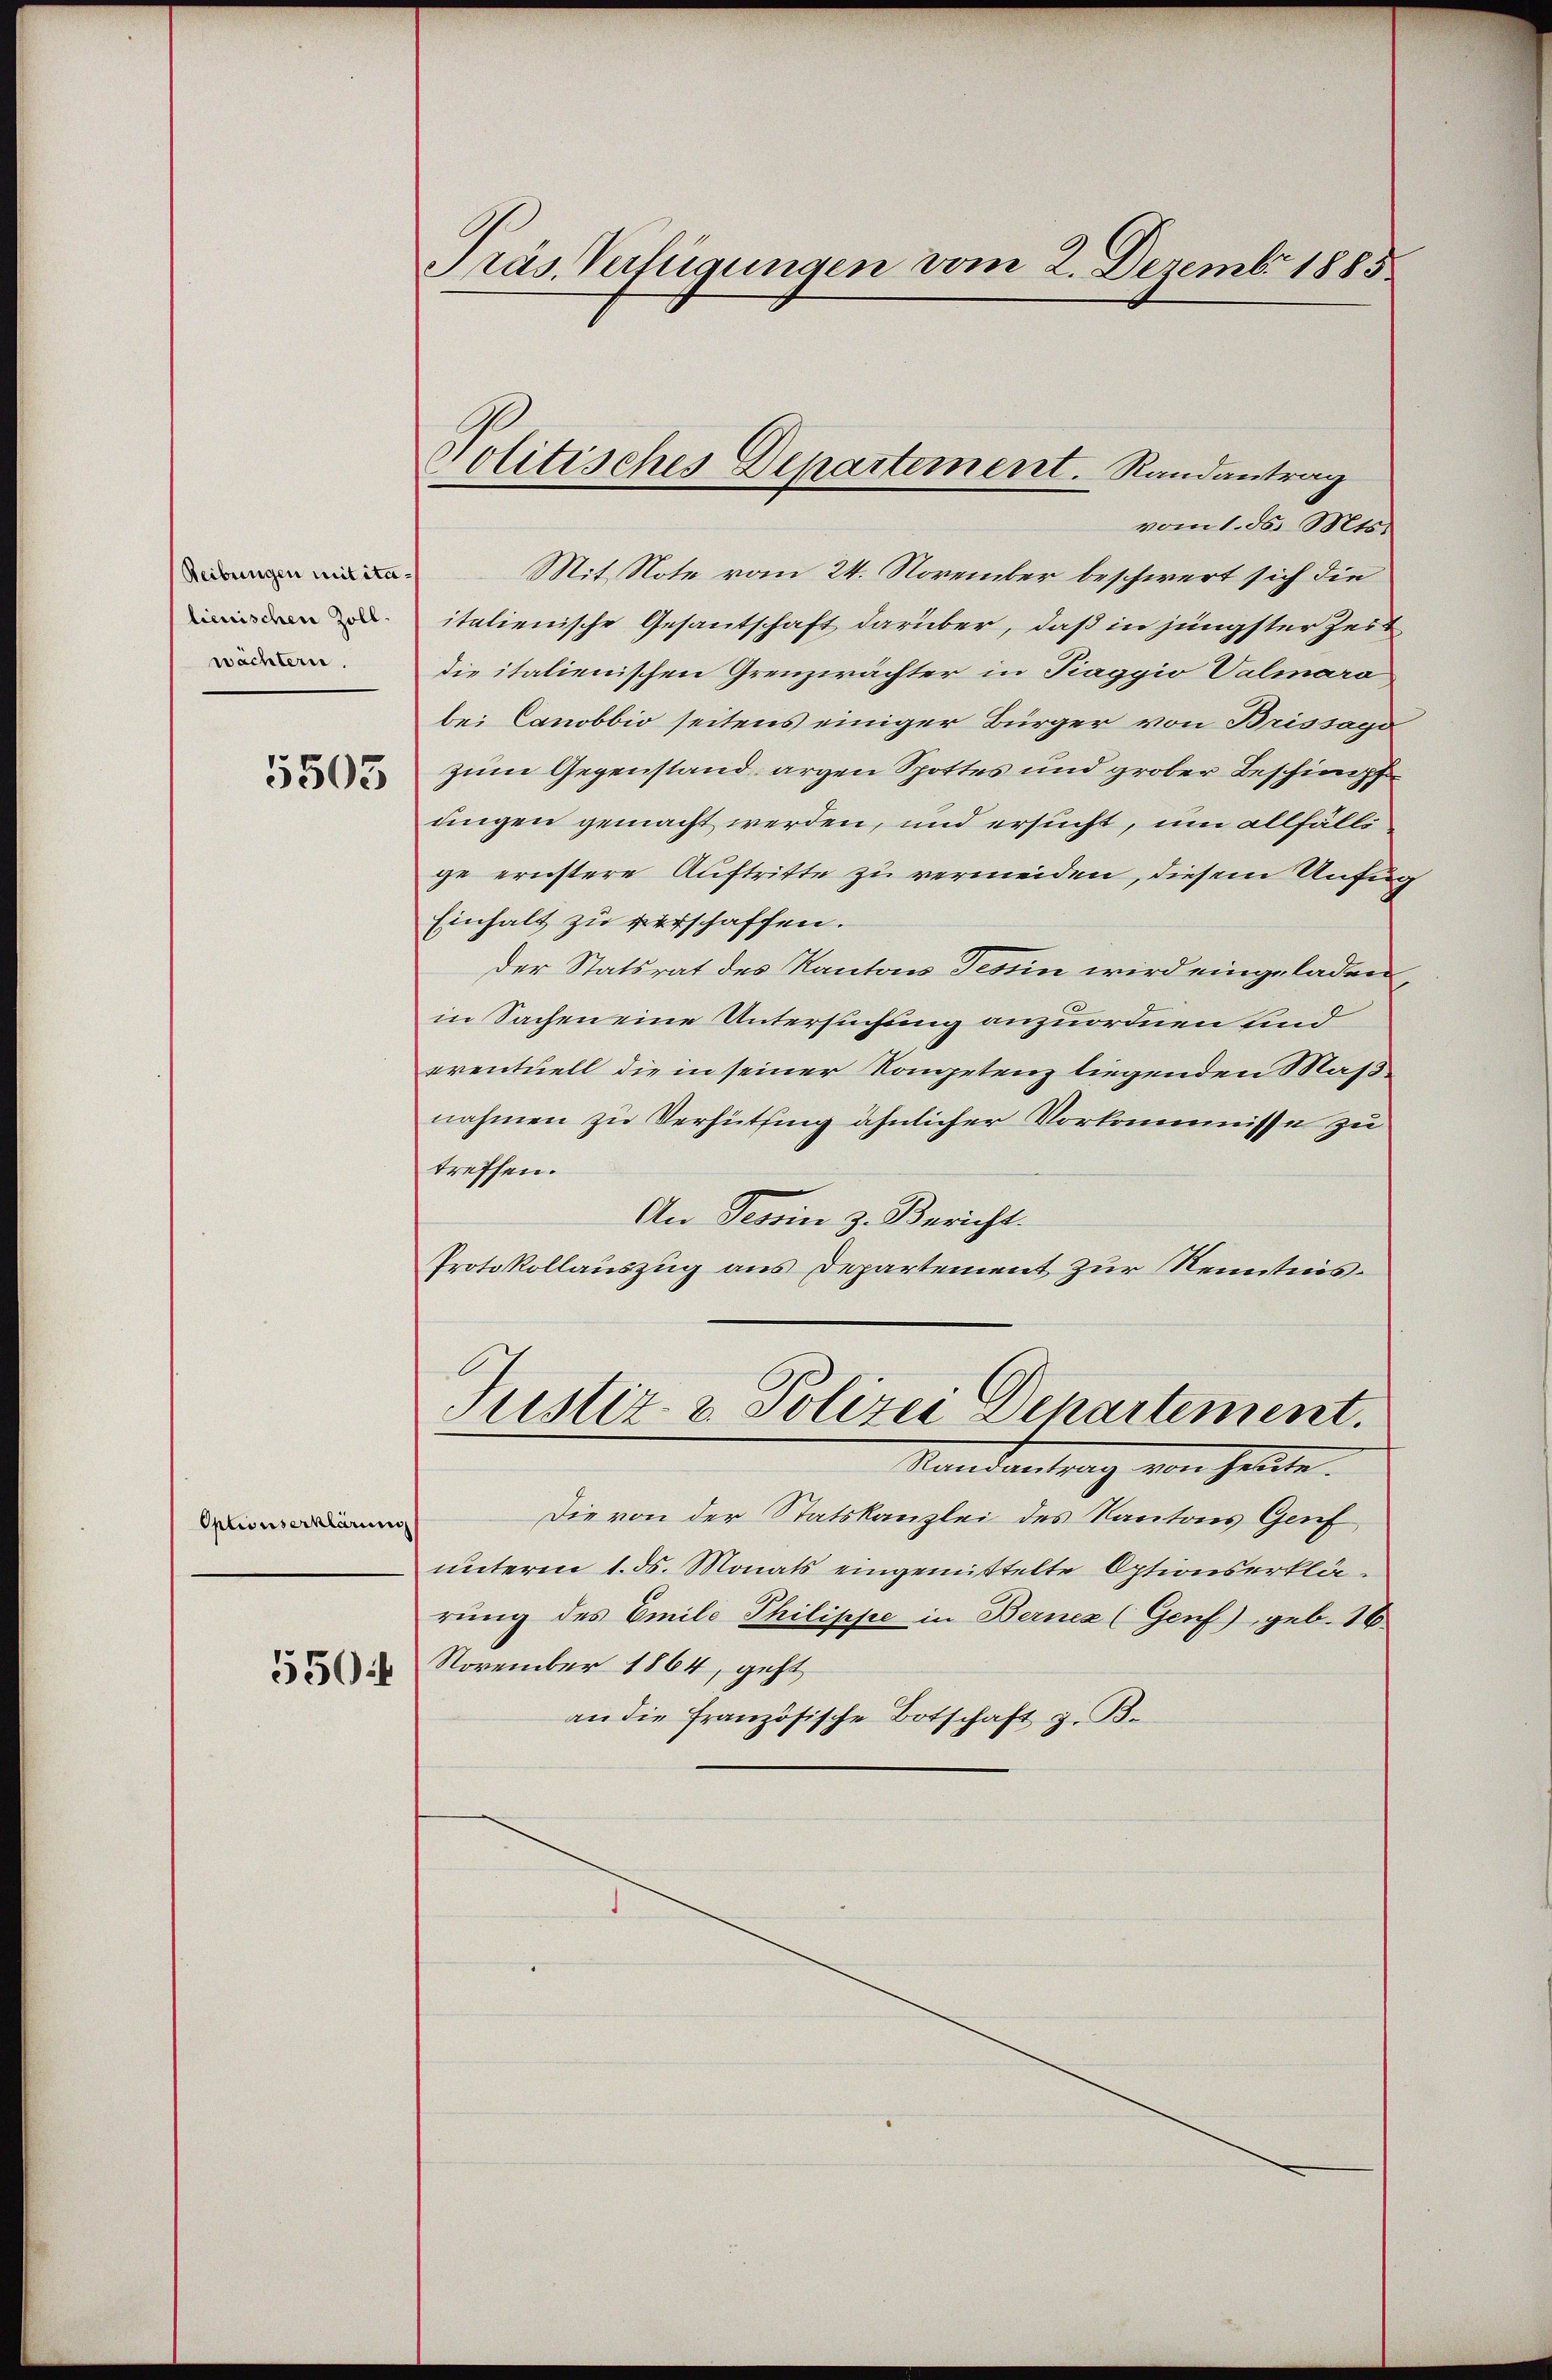
Reibungen mit italienischen Zoll.
wächtern.

5503

Optionserklärung
550:

Präs. Verfügungen vom 2. Dezemb. 1885

Politisches Departement. Randantrag

vom 1. ds. Mts.
Mit Note vom 24. November beschwert sich die
italienische Gesantschaft darüber, daß in jüngster Zeit
die italienischen Grenzwächter in Piaggio Valmaro,
bei Canobbio seitens einiger Bürger von Brissagi
zum Gegenstand, argen Spottes und grober Beschimpf
ungen gemacht werden, und ersucht, um allfälli
ge ernstere Auftritte zu vermeiden, diesem Unfug
Einhalt zu verschaffen.
der Statsrat des Kantons Tessin wird eingeladen
in Sachen eine Untersuchung anzuordnen sind
eventuell die in seiner Kompetenz liegenden Maßnahmen zu Verhüthung ähnlicher Vorkommisse zu
treffen.
An Tessin z. Bericht.
Protokollauszug aus Departement zur Kenntnis.
Justiz- & Polizei Departement.
Randantrag von hellte.
Die von der Statskanzlei des Kantons Genf
unterm 1. ds. Monats eingemittelte Optionserklärung des Emile Philippe in Bernen (Genf), geb. 16
November 1864, geht
an die Französische Botschaft z. B.